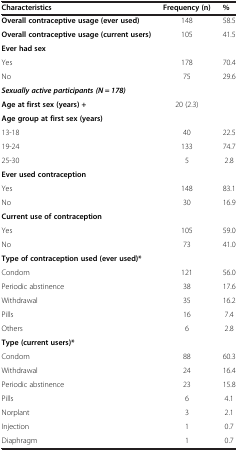
| Characteristics | Frequency (n) | % |
 | --- | --- | --- |
 | Overall contraceptive usage (ever used) | 148 | 58.5 |
 | Overall contraceptive usage (current users) | 105 | 41.5 |
 | Ever had sex |  |  |
 | Yes | 178 | 70.4 |
 | No | 75 | 29.6 |
 | Sexually active participants (N = 178) |  |  |
 | Age at first sex (years) + | 20 (2.3) |  |
 | Age group at first sex (years) |  |  |
 | 13-18 | 40 | 22.5 |
 | 19-24 | 133 | 74.7 |
 | 25-30 | 5 | 2.8 |
 | Ever used contraception |  |  |
 | Yes | 148 | 83.1 |
 | No | 30 | 16.9 |
 | Current use of contraception |  |  |
 | Yes | 105 | 59.0 |
 | No | 73 | 41.0 |
 | Type of contraception used (ever used)* |  |  |
 | Condom | 121 | 56.0 |
 | Periodic abstinence | 38 | 17.6 |
 | Withdrawal | 35 | 16.2 |
 | Pills | 16 | 7.4 |
 | Others | 6 | 2.8 |
 | Type (current users)* |  |  |
 | Condom | 88 | 60.3 |
 | Withdrawal | 24 | 16.4 |
 | Periodic abstinence | 23 | 15.8 |
 | Pills | 6 | 4.1 |
 | Norplant | 3 | 2.1 |
 | Injection | 1 | 0.7 |
 | Diaphragm | 1 | 0.7 |